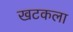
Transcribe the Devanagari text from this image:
खटकला